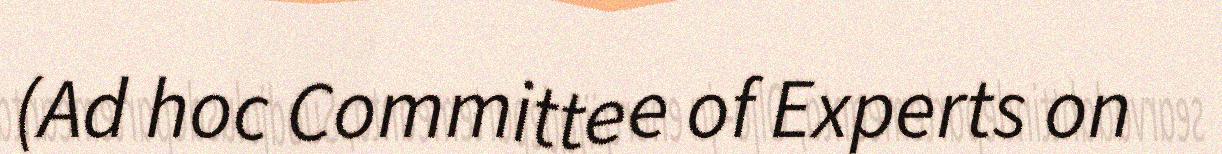
(Ad hoc Committee of Experts on